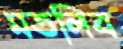
মতলিব